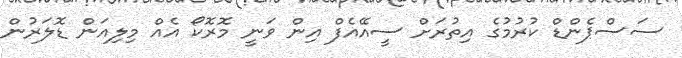
ސަސްޕެންޑް ކުރުމުގެ އިތުރަށް ސީއޭއެފް އިން ވަނީ މޮރޮކޯ އެއް މިލިއަން ޑޮލަރުން